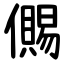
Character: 儩